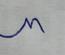
Signature authenticity: forged